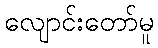
လျောင်းတော်မူ